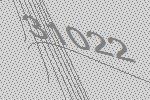
31022